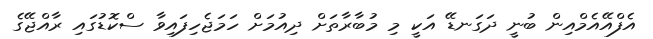
އެފްއޭއެމްއިން ބުނީ ދަގަނޑޭ އަކީ މި މުބާރާތަށް ދިއުމަށް ހަމަޖެހިފައިވާ ސްކޮޑުގައި ރާއްޖޭގެ